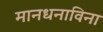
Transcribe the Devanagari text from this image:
मानधनाविना